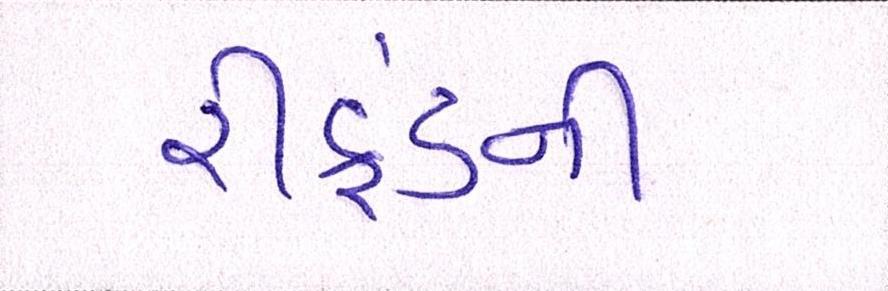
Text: રીફંડની